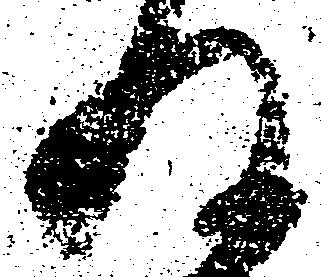
及